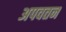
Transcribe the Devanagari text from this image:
अपवतन